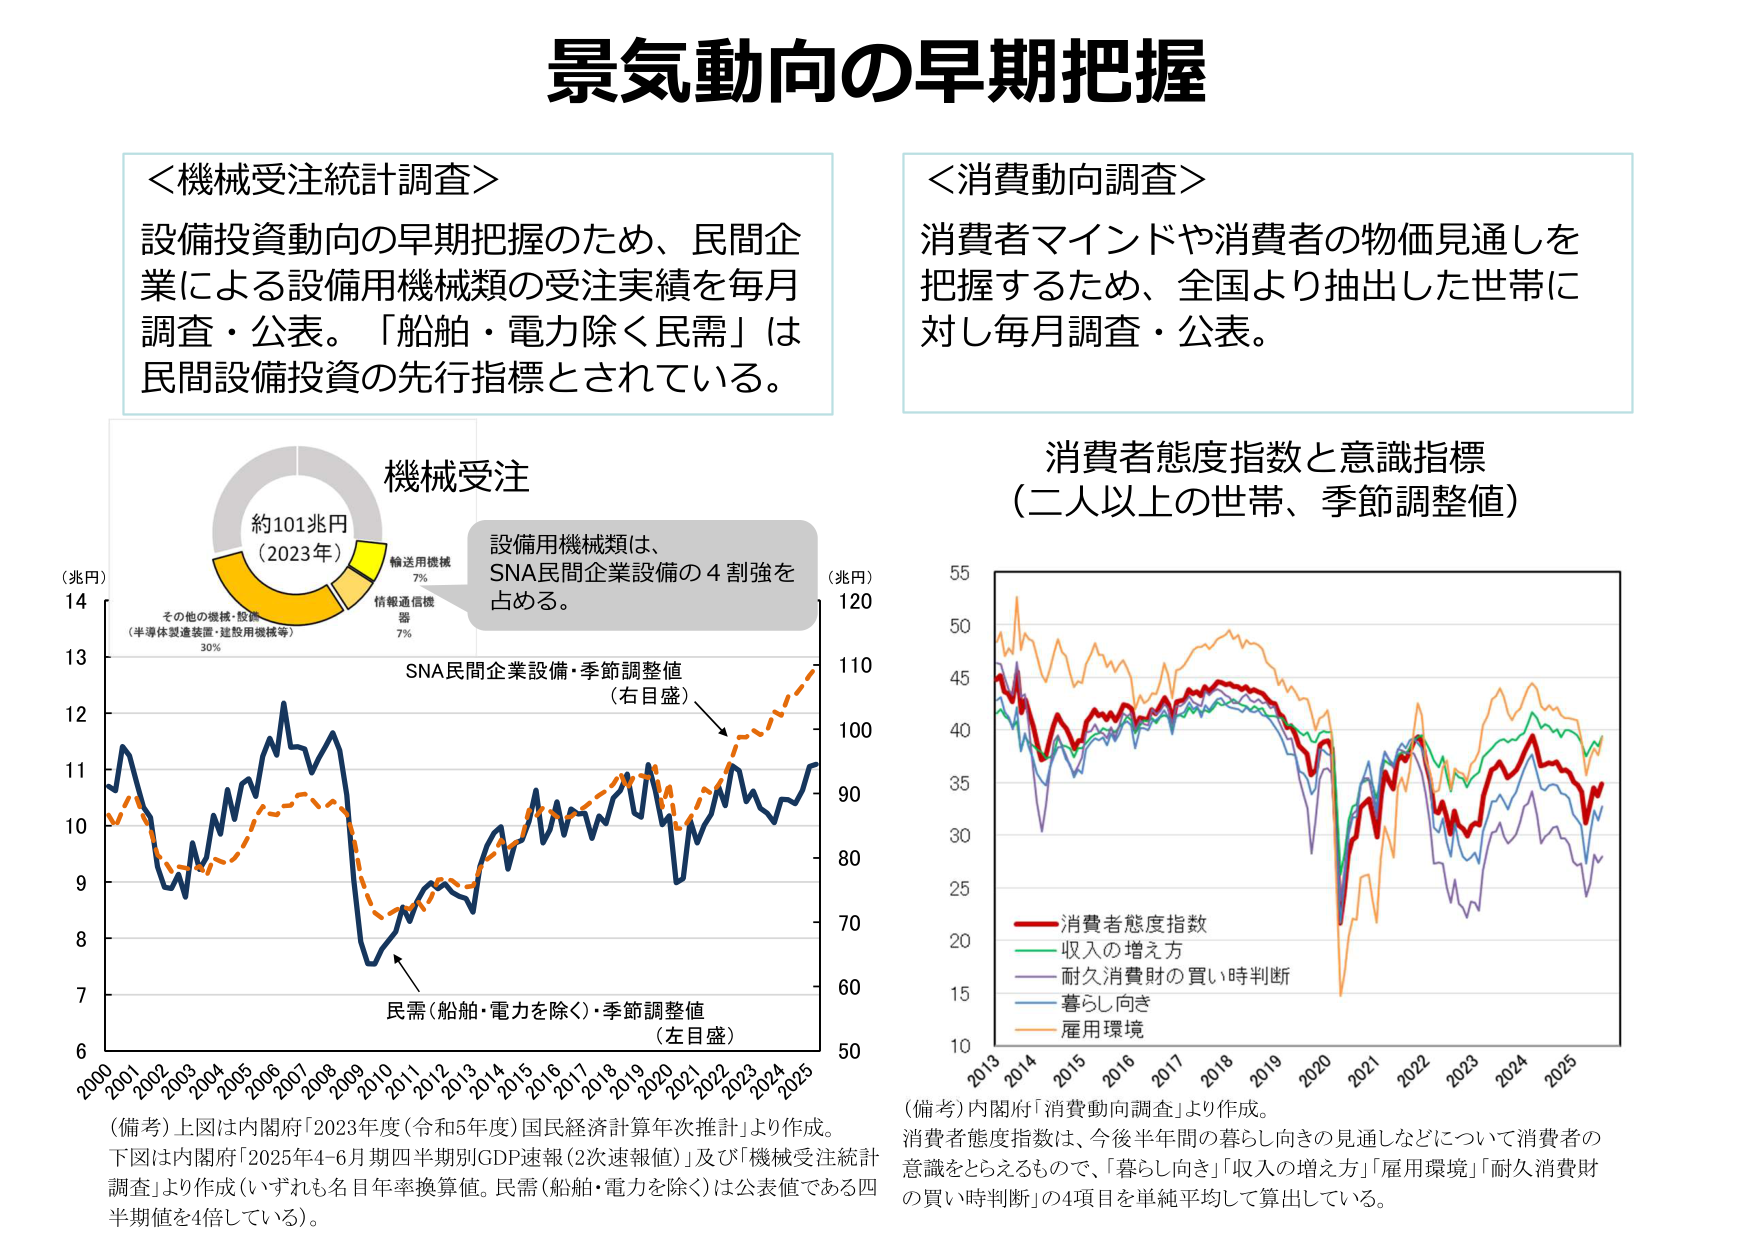
景気動向の早期把握

＜機械受注統計調査＞
設備投資動向の早期把握のため、民間企業による設備用機械類の受注実績を毎月調査・公表。「船舶・電力除く民需」は民間設備投資の先行指標とされている。

＜消費動向調査＞
消費者マインドや消費者の物価見通しを把握するため、全国より抽出した世帯に対し毎月調査・公表。

機械受注
約101兆円
（2023年）
輸送用機械 7%
情報通信機器 7%
その他の機械・設備
（半導体製造装置・建設用機械等） 30%

設備用機械類は、
SNA民間企業設備の4割強を占める。

（兆円）
14
13
12
11
10
9
8
7
6
2000 2001 2002 2003 2004 2005 2006 2007 2008 2009 2010 2011 2012 2013 2014 2015 2016 2017 2018 2019 2020 2021 2022 2023 2024 2025

SNA民間企業設備・季節調整値
（右目盛）

民需（船舶・電力を除く）・季節調整値
（左目盛）

（備考）上図は内閣府「2023年度（令和5年度）国民経済計算年次推計」より作成。
下図は内閣府「2025年4-6月期四半期別GDP速報（2次速報値）」及び「機械受注統計調査」より作成（いずれも名目年率換算値。民需（船舶・電力を除く）は公表値である四半期値を4倍している）。

消費者態度指数と意識指標
（二人以上の世帯、季節調整値）

（兆円）
120
110
100
90
80
70
60
50

55
50
45
40
35
30
25
20
15
10

2013 2014 2015 2016 2017 2018 2019 2020 2021 2022 2023 2024 2025

赤線：消費者態度指数
緑線：収入の増え方
紫線：耐久消費財の買い時判断
青線：暮らし向き
橙線：雇用環境

（備考）内閣府「消費動向調査」より作成。
消費者態度指数は、今後半年間の暮らし向きの見通しなどについて消費者の意識をとらえるもので、「暮らし向き」「収入の増え方」「雇用環境」「耐久消費財の買い時判断」の4項目を単純平均して算出している。